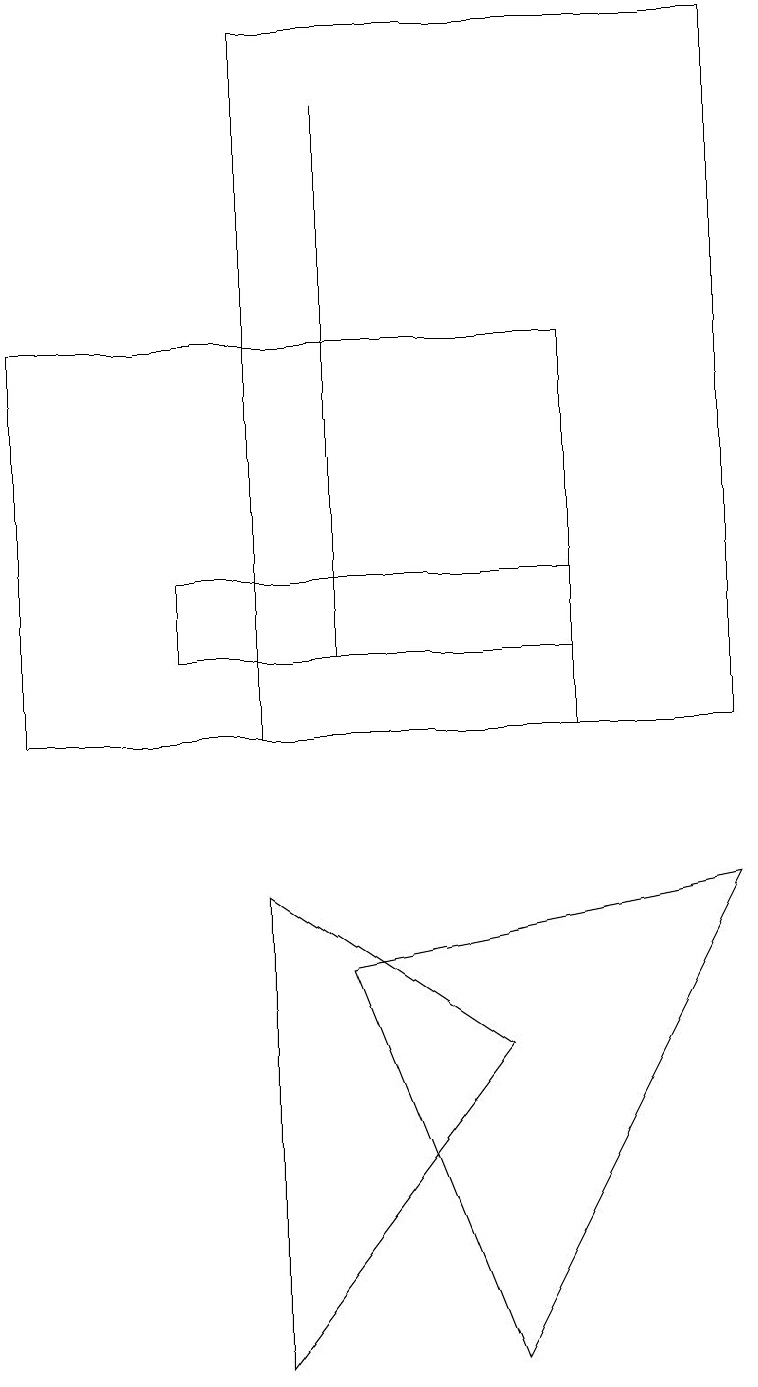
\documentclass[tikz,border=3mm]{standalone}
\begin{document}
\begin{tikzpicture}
\draw (3,8) -- (6,6) -- (3,2) -- cycle;
\draw (3,10) rectangle (9,19);
\draw (2,11) rectangle (7,12);
\draw (7,10) rectangle (0,15);
\draw (4,18) rectangle (4,11);
\draw (4,7) -- (9,8) -- (6,2) -- cycle;
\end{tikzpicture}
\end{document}